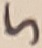
Text: 5